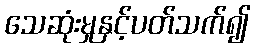
သေဆုံးမှုနှင့်ပတ်သက်၍